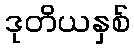
ဒုတိယနှစ်